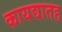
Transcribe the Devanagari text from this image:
कायद्यातह